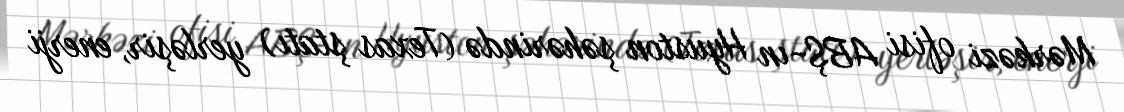
Mərkəzi ofisi ABŞ-ın Hyuston şəhərində (Texas ştatı) yerləşir, enerji